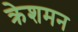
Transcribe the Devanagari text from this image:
क्रेशमन